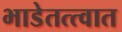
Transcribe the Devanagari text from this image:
भाडेतत्त्वात